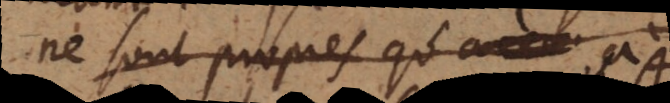
ne sont propres qu’à